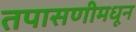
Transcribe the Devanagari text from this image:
तपासणीमधून